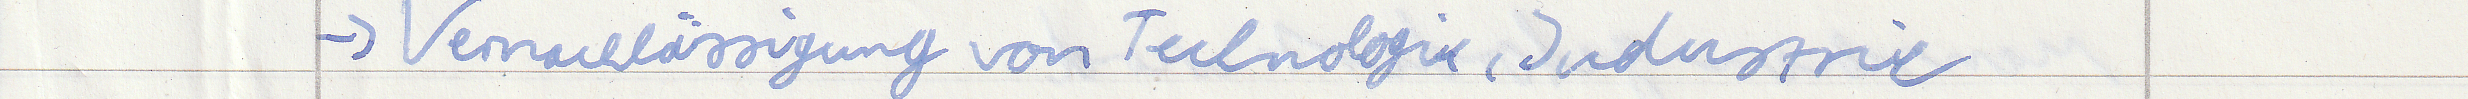
-> Vernachlässigung von Technologie, Industrie